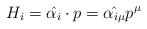
\begin{align*}H_i = \hat{\alpha_{i}} \cdot p = \hat{\alpha_{i\mu}}p^{\mu}\end{align*}